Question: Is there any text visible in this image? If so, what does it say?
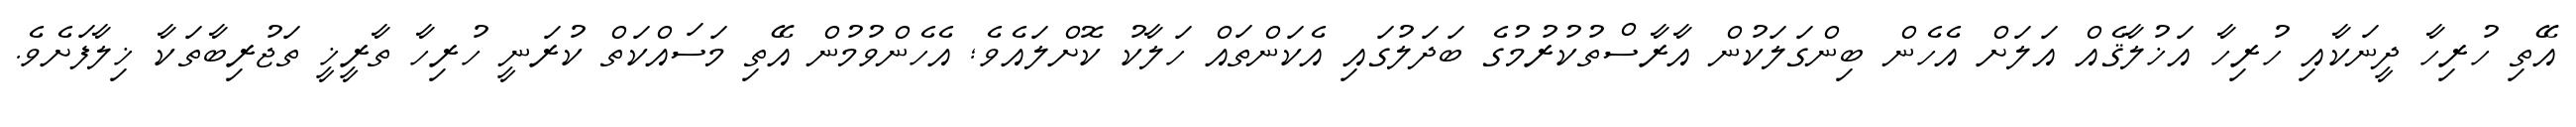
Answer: އޭތި ހުރިހާ ދީނަކާއި ހުރިހާ އަޚުލާޤެއް އަލަށް އެހެން ބިންގަލަކުން އާރާސްތުކުރުމުގެ ބަދަލުގައި އެކަންތައް ހަލާކު ކޮށްލައެވެ; އެހެންވުމުން އޭތި މަސައްކަތް ކުރަނީ ހުރިހާ ތާރީޚީ ތަޖުރިބާތަކާ ޚިލާފަށެވެ.